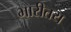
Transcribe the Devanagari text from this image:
भारीतय